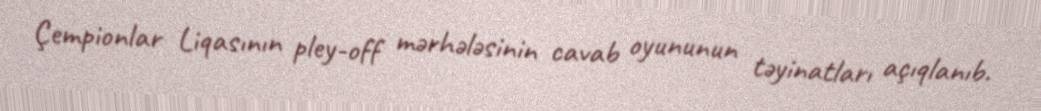
Çempionlar Liqasının pley-off mərhələsinin cavab oyununun təyinatları açıqlanıb.